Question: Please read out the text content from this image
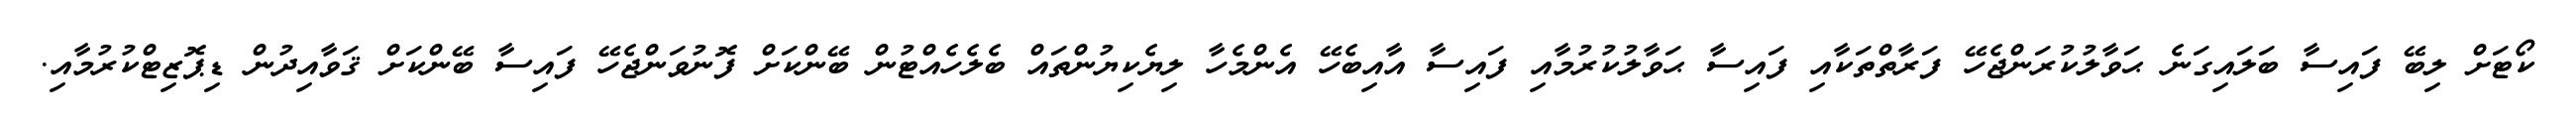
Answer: ކޯޓަށް ލިބޭ ފައިސާ ބަލައިގަނެ ޙަވާލުކުރަންޖެހޭ ފަރާތްތަކާއި ފައިސާ ޙަވާލުކުރުމާއި ފައިސާ އާއިބެހޭ އެންމެހާ ލިޔެކިޔުންތައް ބެލެހެއްޓުން ބޭންކަށް ފޮނުވަންޖެހޭ ފައިސާ ބޭންކަށް ޤަވާއިދުން ޑިޕޮޒިޓްކުރުމާއި.